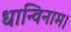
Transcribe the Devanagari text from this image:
धान्विनाम।